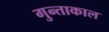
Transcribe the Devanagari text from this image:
गुन्ताकाल